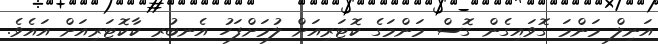
އަނިލް މަންމަ ގޮވައިގެން ގޮސް މަންމަގެ ކޮޓަރިއަށް ލުމަށްފަހު އެނބުރި ކާކޮޓަރިއަށް އައެވެ.